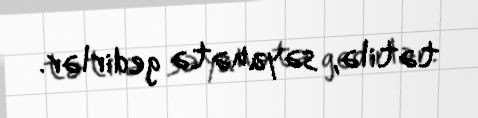
tətilə, səyahətə gedirlər.